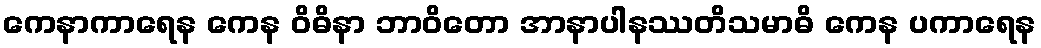
ကေနာကာရေန ကေန ဝိဓိနာ ဘာဝိတော အာနာပါနဿတိသမာဓိ ကေန ပကာရေန